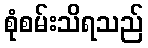
စုံစမ်းသိရသည်